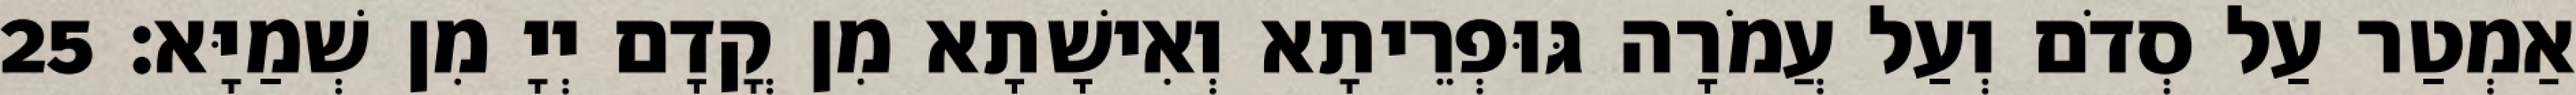
אַמְטַר עַל סְדֹם וְעַל עֲמֹרָה גּוּפְרֵיתָא וְאִישָׁתָא מִן קֳדָם יְיָ מִן שְׁמַיָּא׃ 25